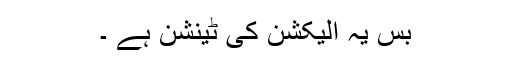
بس یہ الیکشن کی ٹینشن ہے ۔